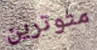
متوترين